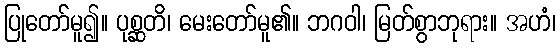
ပြုတော်မူ၍။ ပုစ္ဆတိ၊ မေးတော်မူ၏။ ဘဂဝါ၊ မြတ်စွာဘုရား။ အဟံ၊